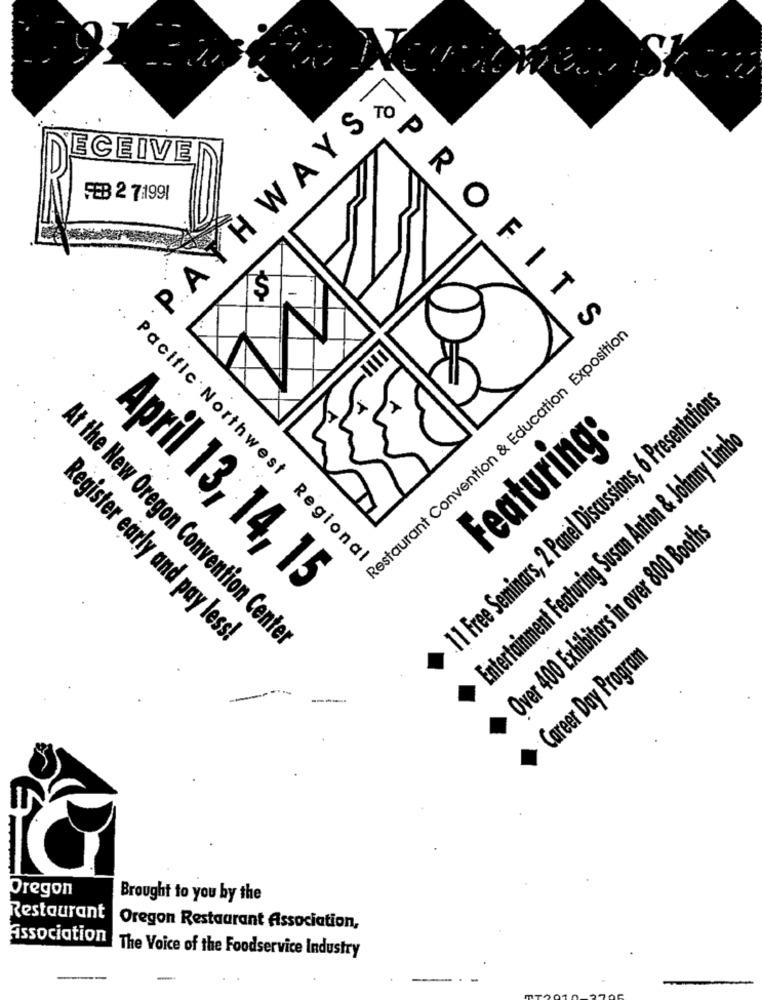
PATHWAYS
ECEIVE
FEB 2 7:1991
5
..
PROFITS
Restaurant Convention & Education Exposition
11 Free Seminars, 2 Panel Discussions, 6 Presentations
Featuring:
Entertainment Featuring Susan Anton & Johnny Limbo
Over 400 Exhibitors in over 800 Booths
Pacific Northwest Regional
April 13, 14, 15
Register early and pay less!
At the New Oregon Convention Center
Career Day Program
Oregon
Brought to you by the
Restaurant
Oregon Restaurant Association,
Association
The Voice of the Foodservice Industry
-